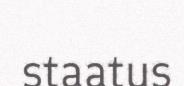
staatus